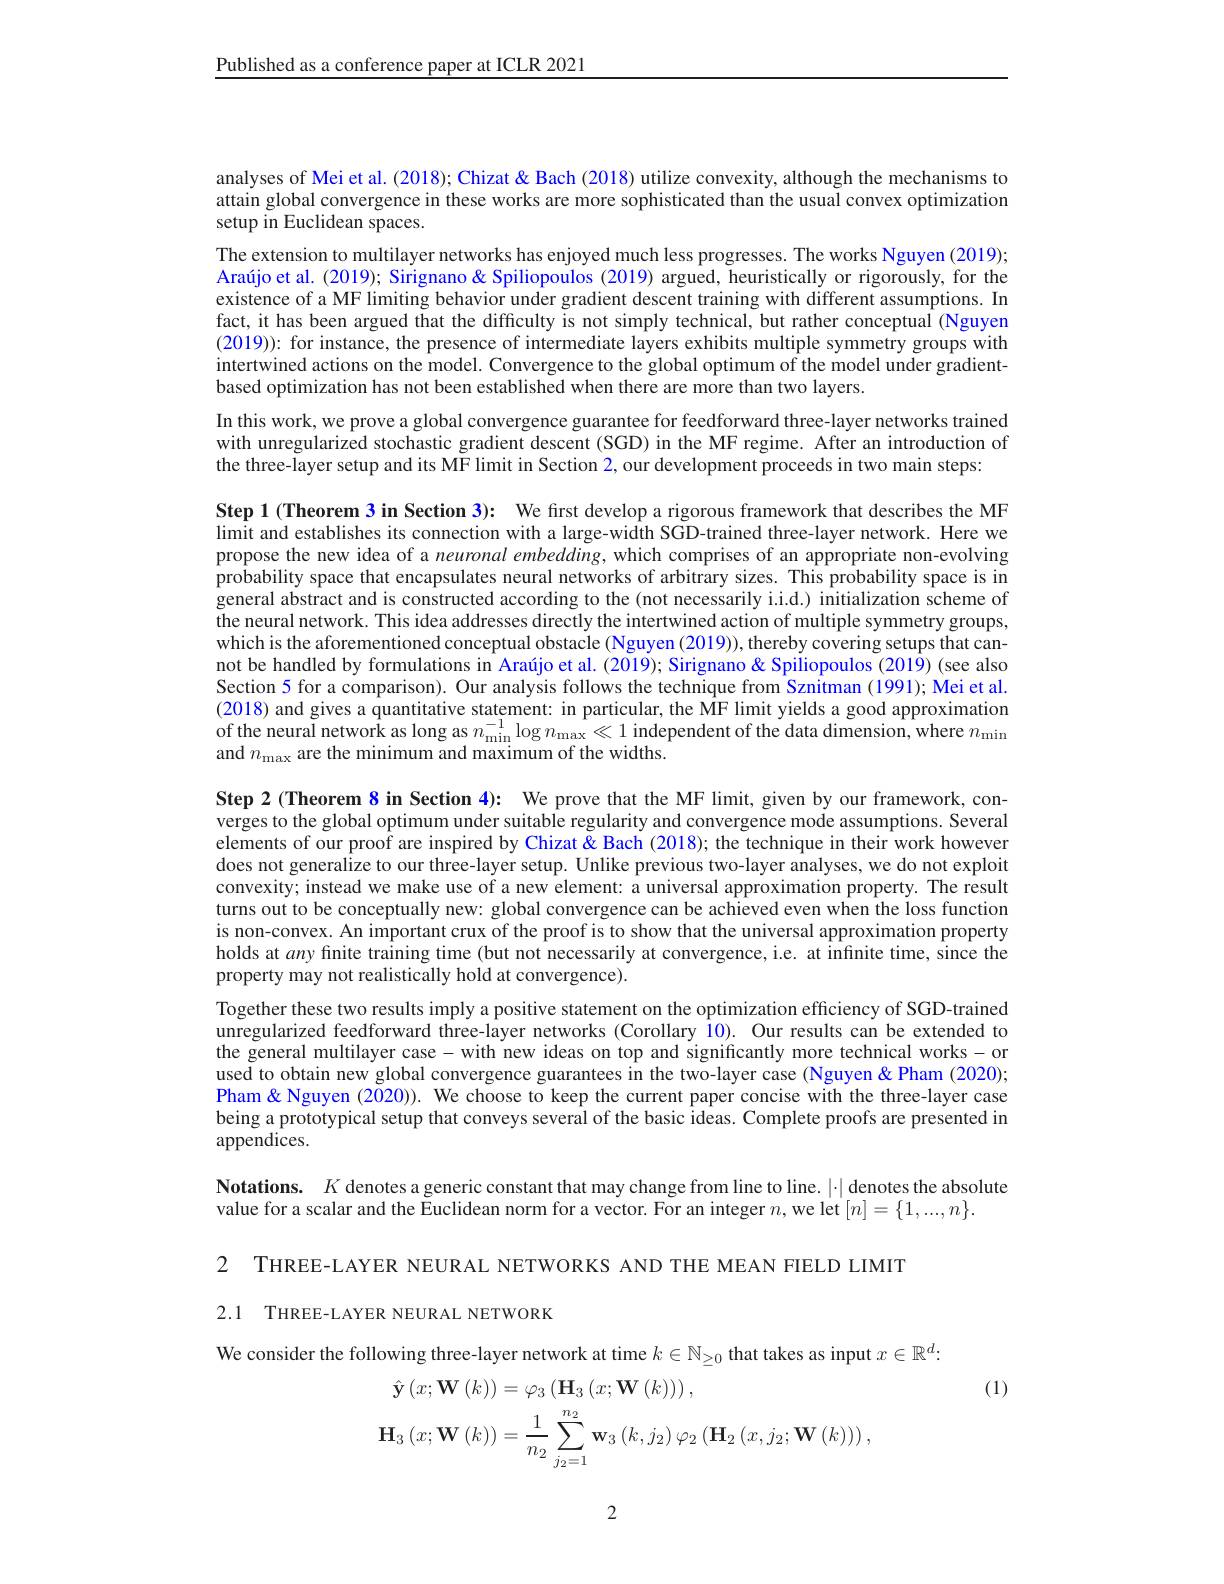
Published as a conference paper at ICLR 2021

analyses of Mei et al. (2018); Chizat & Bach (2018) utilize convexity, although the mechanisms to attain global convergence in these works are more sophisticated than the usual convex optimization setup in Euclidean spaces.
The extension to multilayer networks has enjoyed much less progresses. The works Nguyen (2019); Araújo et al. (2019); Sirignano& Spiliopoulos (2019) argued, heuristically or rigorously, for the existence of a MF limiting behavior under gradient descent training with different assumptions. In fact, it has been argued that the difficulty is not simply technical, but rather conceptual (Nguyen $(2019)){:\text{ for instance, the presence of intermediate layers exhibits multiple symmetry groups with}}$ intertwined actions on the model. Convergence to the global optimum of the model under gradientbased optimization has not been established when there are more than two layers.
In this work, we prove a global convergence guarantee for feedforward three-layer networks trained with unregularized stochastic gradient descent (SGD) in the MF regime. After an introduction of the three-layer setup and its MF limit in Section 2, our development proceeds in two main steps:

Step 1 (Theorem 3 in Section 3): We first develop a rigorous framework that describes the MF limit and establishes its connection with a large-width SGD-trained three-layer network. Here we propose the new idea of a $neuronalembedding$, which comprises of an appropriate non-evolving probability space that encapsulates neural networks of arbitrary sizes. This probability space is in general abstract and is constructed according to the (not necessarily i.i.d.) initialization scheme of the neural network. This idea addresses directly the intertwined action of multiple symmetry groups, which is the aforementioned conceptual obstacle (Nguyen (2019)), thereby covering setups that cannot be handled by formulations in Araújo et al. (2019); Sirignano& Spiliopoulos (2019) (see also Section 5 for a comparison). Our analysis follows the technique from Sznitman (1991); Mei et al. (2018) and gives a quantitative statement: in particular, the MF limit yields a good approximation of the neural network as long as $n_{\mathrm{min}}^{- 1}\log n_{\mathrm{max}}\ll 1$ independent of the data dimension, where $n_{\mathrm{min}}$ and $n_{\mathrm{max}}$ are the minimum and maximum of the widths.

Step 2 (Theorem 8 in Section 4): We prove that the MF limit, given by our framework, converges to the global optimum under suitable regularity and convergence mode assumptions. Several elements of our proof are inspired by Chizat & Bach (2018); the technique in their work however does not generalize to our three-layer setup. Unlike previous two-layer analyses, we do not exploit convexity; instead we make use of a new element: a universal approximation property. The result turns out to be conceptually new: global convergence can be achieved even when the loss function is non-convex. An important crux of the proof is to show that the universal approximation property holds at any finite training time (but not necessarily at convergence, i.e. at infinite time, since the property may not realistically hold at convergence).
Together these two results imply a positive statement on the optimization efficiency of SGD-trained unregularized feedforward three-layer networks (Corollary Î0). Our results can be extended to the general multilayer case - with new ideas on top and significantly more technical works-or used to obtain new global convergence guarantees in the two-layer case (Nguyen&Pham (2020); Pham & Nguyen (2020)). We choose to keep the current paper concise with the three-layer case being a prototypical setup that conveys several of the basic ideas. Complete proofs are presented in appendices.

Notations. $K$ denotes a generic constant that may change from line to line. $|\cdot|$ denotes the absolute
value for a scalar and the Euclidean norm for a vector. For an integer $n$, we let $[n]=\{1,...,n\}.$

2 THREE-LAYER NEURAL NETWORKS AND THE MEAN FIELD LIMIT

2.1 THREE-LAYER NEURAL NETWORK

We consider the following three-layer network at time $k\in\mathbb{N}_{\geq0}$ that takes as input $x\in\mathbb{R}^d:$
$$\begin{aligned}\hat{\mathbf{y}}\left(x;\mathbf{W}\left(k\right)\right)&=\varphi_3\left(\mathbf{H}_3\left(x;\mathbf{W}\left(k\right)\right)\right),\\\mathbf{H}_{3}\left(x;\mathbf{W}\left(k\right)\right)&=\frac{1}{n_{2}}\sum_{j_{2}=1}^{n_{2}}\mathbf{w}_{3}\left(k,j_{2}\right)\varphi_{2}\left(\mathbf{H}_{2}\left(x,j_{2};\mathbf{W}\left(k\right)\right)\right),\end{aligned}$$
(1)

2